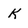
Character: K